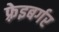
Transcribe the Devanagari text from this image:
फ़्रेइबर्गर